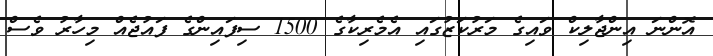
އޮންނަ އިންޖާލިކް ވައިގެ މަރުކަޒުގައި އެމެރިކާގެ 1500 ސިފައިންގެ ފައުޖެއް މިހާރު ވެސް